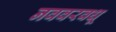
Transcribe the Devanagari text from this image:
नववरवधू